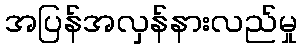
အပြန်အလှန်နားလည်မှု